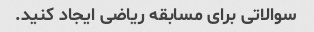
سوالاتی برای مسابقه ریاضی ایجاد کنید.